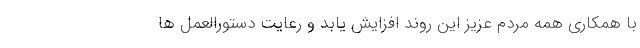
با همکاری همه مردم عزیز این روند افزایش یابد و رعایت دستورالعمل ها